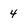
Character: 4